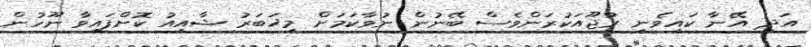
އަދި އޭނާ ކައިވެނި ރުޖޫއަކުރަންވެސް ބޭނުން ނުވާކަމަށް މިޚަބަރު ޝާއިއު ކޮށްފައިވާ ނޫހުން